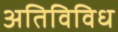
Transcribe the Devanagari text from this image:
अतिविविध